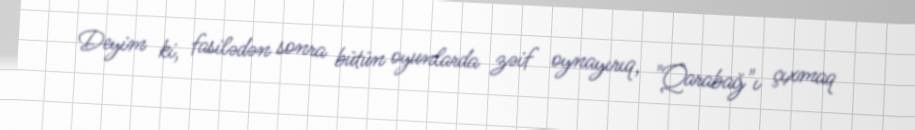
Deyim ki, fasilədən sonra bütün oyunlarda zəif oynayırıq, "Qarabağ"ı çıxmaq